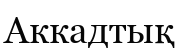
Аккадтық